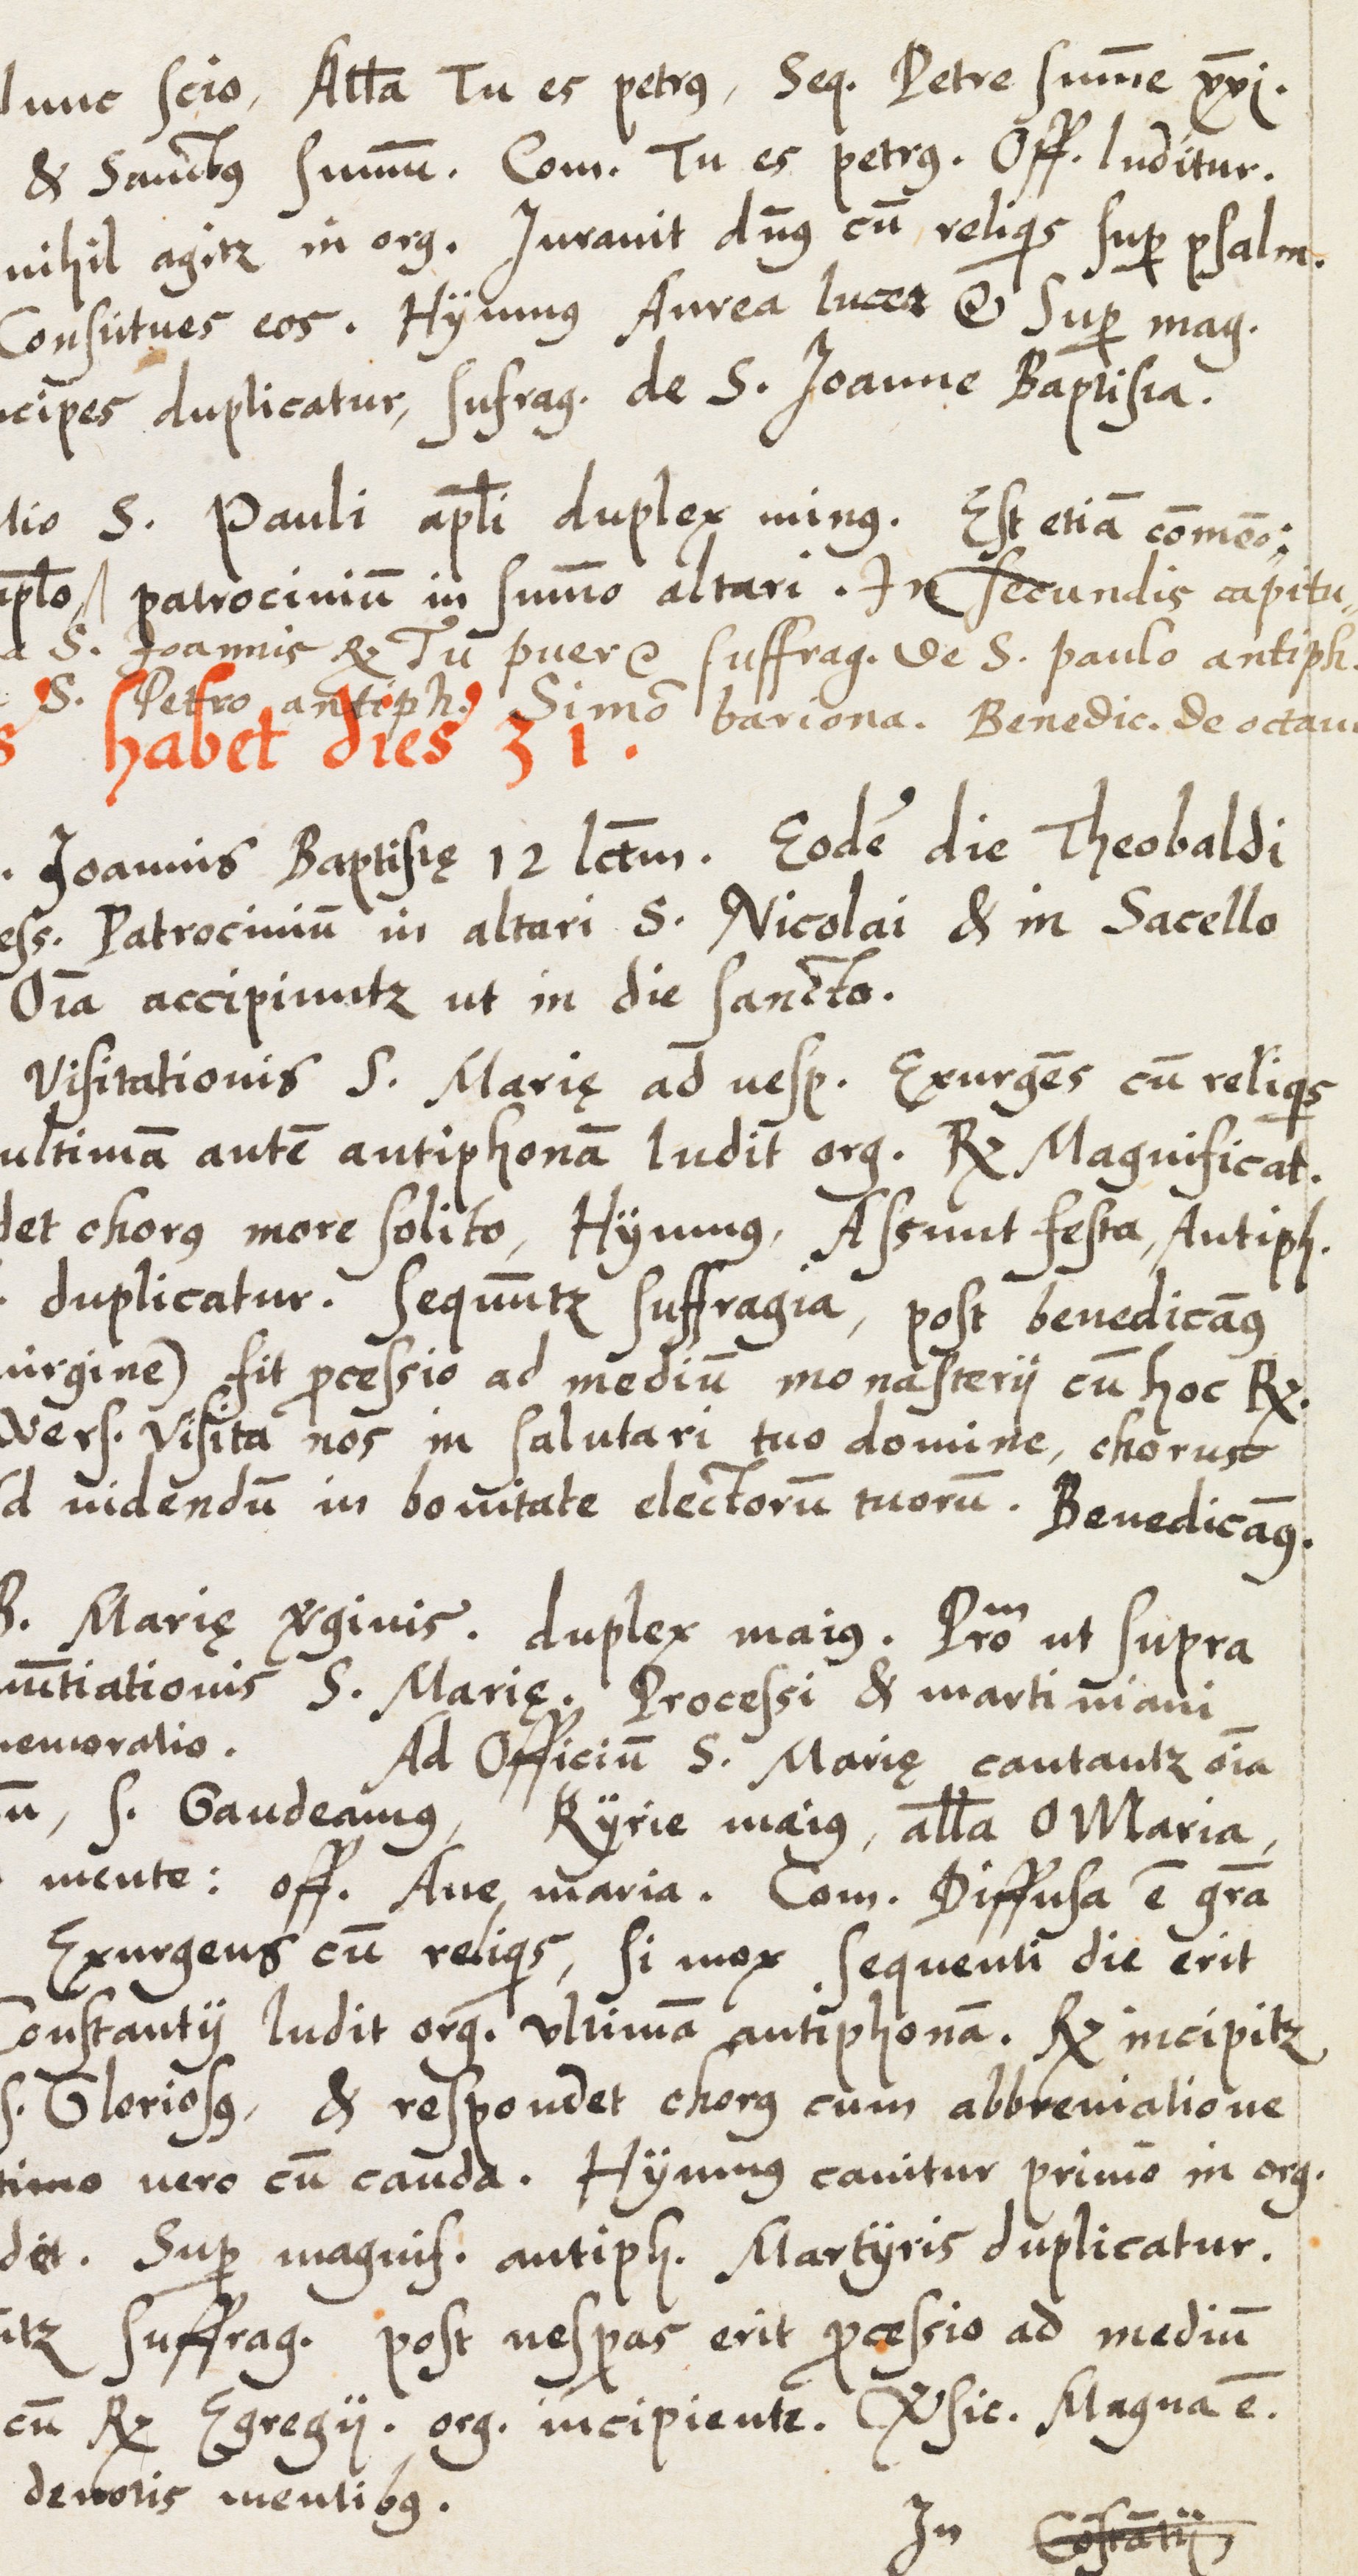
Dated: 1583–1583